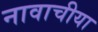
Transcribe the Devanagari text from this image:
नावाचीया